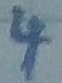
Text: 4